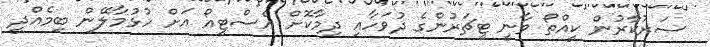
ސަރުކާރުން ކީއްތޯ ވާނީ ޓީޗަރުންގެ ދުވަހާއި ދިމާކޮށް އެސްޓީއޯ އަށް ހުޅުމާލޭން ބިމެއްދީ